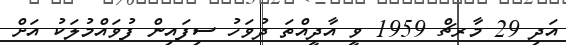
އަދި 29 މާރޗް 1959 ވީ އާދީއްތަ ދުވަހު ސިފައިން ފުވައްމުލަކު އަށް